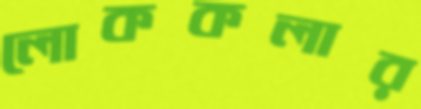
লোককলার